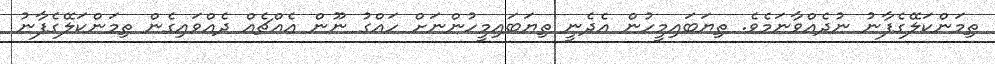
ތިމަންކަލޭގެފާނު ނުދެއްވާނަމެވެ. ތިޔަބައިމީހުން އެދެނީ ތިޔަބައިމީހުންނަށް ހައްގު ނޫން އެއްޗެއް ދެއްވައިގެން ތިމަންކަލޭގެފާނު